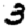
Digit: 3